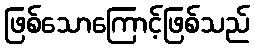
ဖြစ်သောကြောင့်ဖြစ်သည်